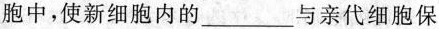
胞中，使新细胞内的___与亲代细胞保